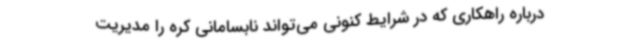
درباره راهکاری که در شرایط کنونی می‌تواند نابسامانی کره را مدیریت